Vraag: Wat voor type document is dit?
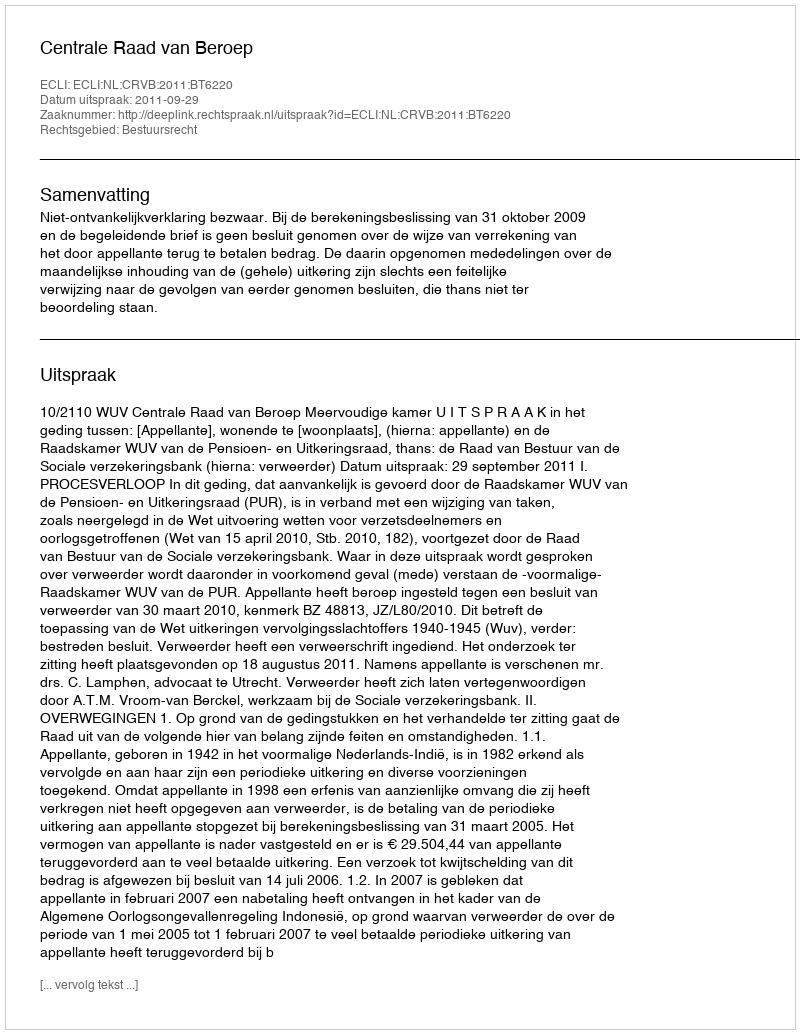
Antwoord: Uitspraak